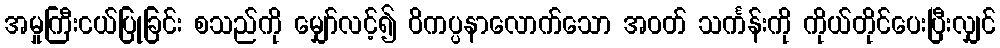
အမှုကြီးငယ်ပြုခြင်း စသည်ကို မျှော်လင့်၍ ဝိကပ္ပနာလောက်သော အဝတ် သင်္ကန်းကို ကိုယ်တိုင်ပေးပြီးလျှင်